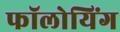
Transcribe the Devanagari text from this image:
फॉलोयिंग